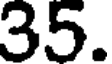
35.